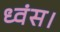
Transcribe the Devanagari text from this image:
ध्वंस।